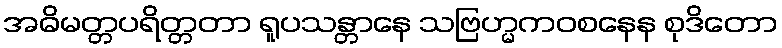
အဓိမတ္တပရိတ္တတာ ရူပသန္တာနေ သဗြဟ္မကဝစနေန စုဒိတော